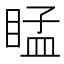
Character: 䁅